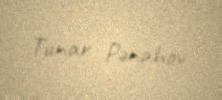
Tunar Pənahov